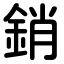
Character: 銷